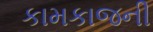
કામકાજની